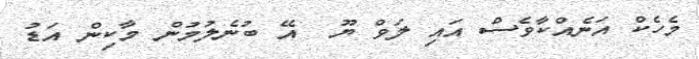
މެހެކް އަނެއްކާވެސް އައި ލަވް ޔޫ  އޭ ބުނެލުމުން މާކިން އަޑު